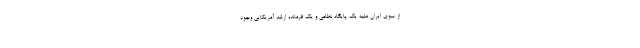
از سوی ایران علیه یک پایگاه نظامی و یک فرمانده ارشد آمریکایی وجود